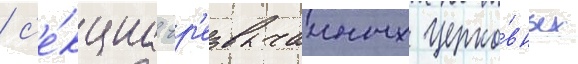
/ с'е́кциа чр'езвычаиных церко́вных